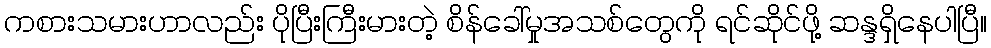
ကစားသမားဟာလည်း ပိုပြီးကြီးမားတဲ့ စိန်ခေါ်မှုအသစ်တွေကို ရင်ဆိုင်ဖို့ ဆန္ဒရှိနေပါပြီ။